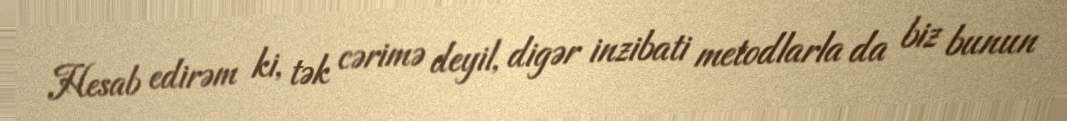
Hesab edirəm ki, tək cərimə deyil, digər inzibati metodlarla da biz bunun